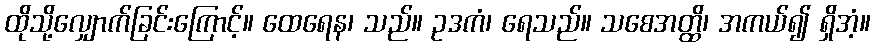
ထိုသို့လျှောက်ခြင်းကြောင့်။ ထေရေန၊ သည်။ ဥဒကံ၊ ရေသည်။ သစေအတ္ထိ၊ အကယ်၍ ရှိအံ့။